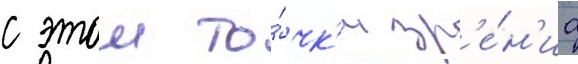
с этои то́чк'и зр'е́н'иа